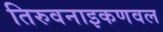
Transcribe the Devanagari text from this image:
तिरुवनाइकणवल